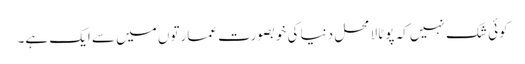
کوئی شک نہیں کہ پوٹالا محل دنیا کی خوبصورت عمارتوں میں سے ایک ہے۔